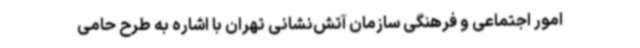
امور اجتماعی و فرهنگی سازمان آتش‌نشانی تهران با اشاره به طرح حامی